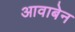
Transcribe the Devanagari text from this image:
आवाबेन